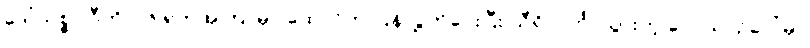
ဒေါ်သစ္စဝါဒီကို ၇၆ ရက်အကြာမှာ ထောင်က ပြန်လွှတ်ပေးပြီး သီရိလင်္ကာသွားတဲ့ လေယာဉ်ပေါ်မှာ